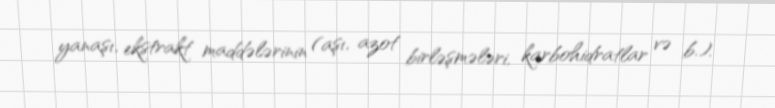
yanaşı, ekstrakt maddələrinin (aşı, azot birləşmələri, karbohidratlar və b.).